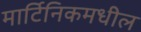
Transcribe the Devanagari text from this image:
मार्टिनिकमधील